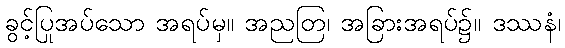
ခွင့်ပြုအပ်သော အရပ်မှ။ အညတြ၊ အခြားအရပ်၌။ ဒဿနံ၊